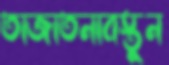
তাজাতনাবস্তুন